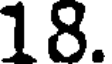
18.